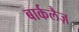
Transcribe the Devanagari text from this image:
बार्कलैज़